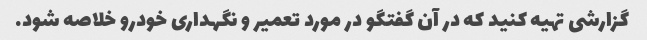
گزارشی تهیه کنید که در آن گفتگو در مورد تعمیر و نگهداری خودرو خلاصه شود.